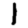
Digit: 1